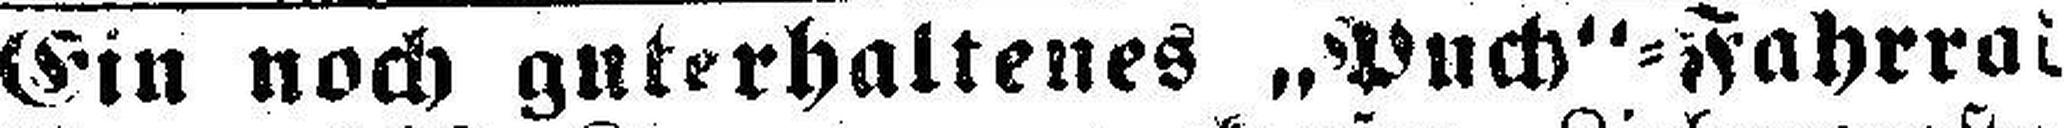
Ein noch guterhaltenes „Puch“=Fahrrad